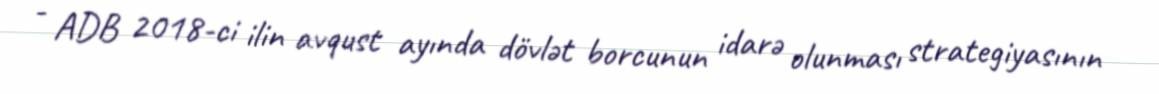
- ADB 2018-ci ilin avqust ayında dövlət borcunun idarə olunması strategiyasının